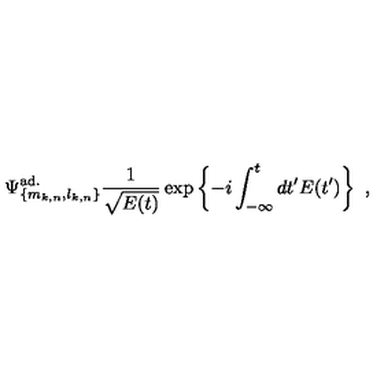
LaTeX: \Psi _ { \{ m _ { k , n } , l _ { k , n } \} } ^ { \mathrm { a d . } } \frac { 1 } { \sqrt { E ( t ) } } \exp \left\{ - i \int _ { - \infty } ^ { t } d t ^ { \prime } E ( t ^ { \prime } ) \right\} \ ,